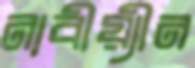
নাবীয়্যীন